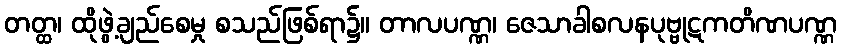
တတ္ထ၊ ထိုဖွဲ့ချည်စေမှု စသည်ဖြစ်ရာ၌။ တာလပဏ္ဏ၊ ဇေသာခါစလနပုဗ္ဗုဋကတိဏပဏ္ဏ